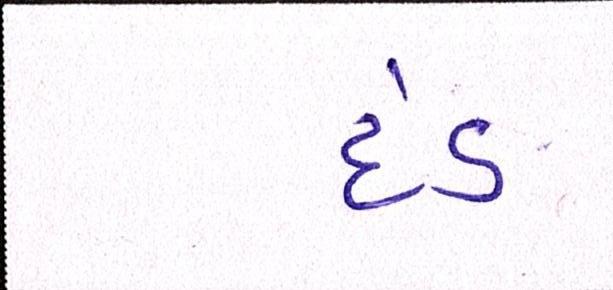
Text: દંડ